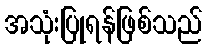
အသုံးပြုရန်ဖြစ်သည်